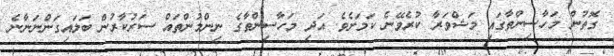
ގޮތުން މަހާސިންތާގައި މަޝްވަރާ ކުރެވޭނެ ކަމަށެވެ. އަދި މަހާސިންތާގެ ނިންމުންތައް ސަރުކާރުން ބަލައިގަންނަނާނެ